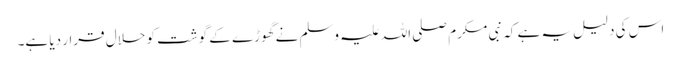
اس کی دلیل یہ ہے کہ نبی مکرم صلی اللہ علیہ وسلم نے گھوڑے کے گوشت کو حلال قرار دیا ہے۔